Cholera in southern India
Disease focus: Cholera
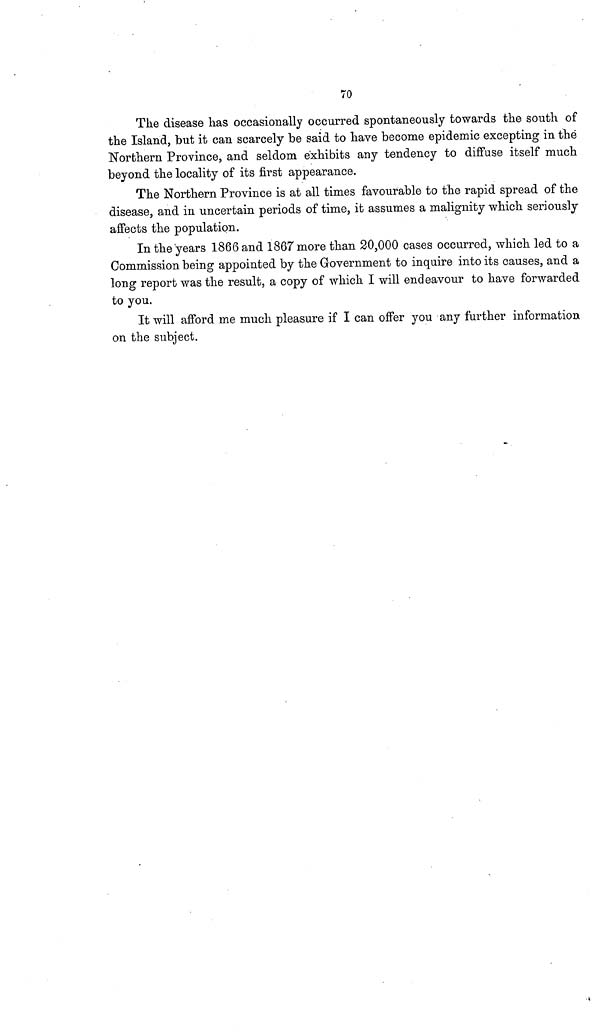
70
The disease has occasionally occurred spontaneously towards the south of
the Island, but it can scarcely be said to have become epidemic excepting in the
Northern Province, and seldom exhibits any tendency to diffuse itself much
beyond the locality of its first appearance.
The Northern Province is at all times favourable to the rapid spread of the
disease, and in uncertain periods of time, it assumes a malignity which seriously
affects the population.
In the years 1866 and 1867 more than 20,000 cases occurred, which led to a
Commission being appointed by the Government to inquire into its causes, and a
long report was the result, a copy of which I will endeavour to have forwarded
to you.
It will afford me much pleasure if I can offer you any further information
on the subject.